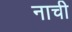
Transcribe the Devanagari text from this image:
नाची